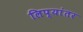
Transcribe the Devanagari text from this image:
लिप्यांतर